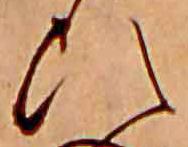
ひ